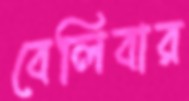
বেলিবার